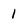
Character: 1